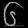
Digit: ၆